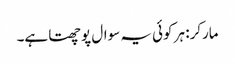
مارکر: ہر کوئی یہ سوال پوچھتا ہے۔